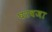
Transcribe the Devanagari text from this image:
घरवजा